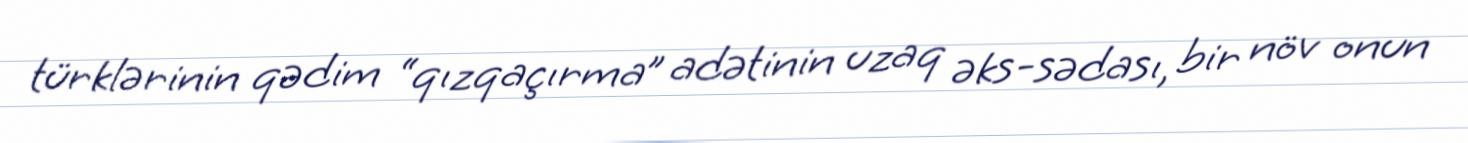
türklərinin qədim “qızqaçırma” adətinin uzaq əks-sədası, bir növ onun